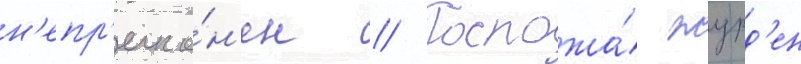
н'епр'екло́н'ен // Госпожа́ журд'ен